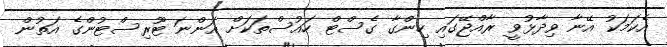
އެކަމަކު އޭނާ ވިދާޅުވީ ރާއްޖޭގައި ހިންގާ ގެސްޓް ހައުސްތަކަށް އަންނަ ޓޫރިސްޓުންގެ އަތުން